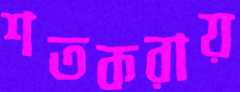
শতকরায়